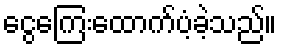
ငွေကြေးထောက်ပံ့ခဲ့သည်။